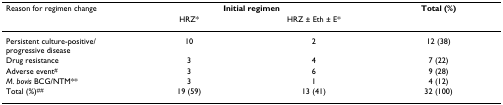
| Reason for regimen change | <COLSPAN=2> Initial regimen | Total (%) |
 |  | HRZ* | HRZ ± Eth ± E* |  |
 | --- | --- | --- | --- |
 | Persistent culture-positive/progressive disease | 10 | 2 | 12 (38) |
 | Drug resistance | 3 | 4 | 7 (22) |
 | Adverse event# | 3 | 6 | 9 (28) |
 | M. bovis BCG/NTM** | 3 | 1 | 4 (12) |
 | Total (%)## | 19 (59) | 13 (41) | 32 (100) |